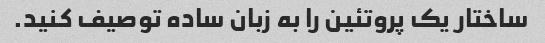
ساختار یک پروتئین را به زبان ساده توصیف کنید.